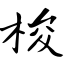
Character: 梭